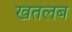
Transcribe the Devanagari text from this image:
खतलब